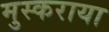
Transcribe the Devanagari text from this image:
मुस्कराया